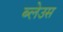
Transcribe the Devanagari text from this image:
ब्लेउस